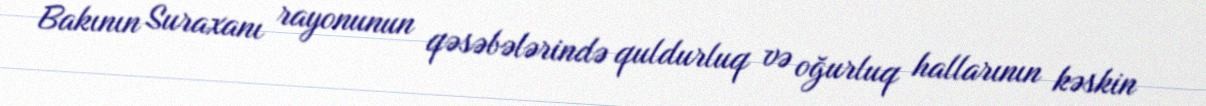
Bakının Suraxanı rayonunun qəsəbələrində quldurluq və oğurluq hallarının kəskin